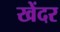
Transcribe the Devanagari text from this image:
खेंदर